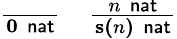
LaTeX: \begin{array}{ll}{{\frac{}{\mathbf{0}\, \, {\mathsf{nat}}}}}&{{\frac{n\, \, {\mathsf{nat}}}{\mathbf{s(}n\mathbf{)}\, \, {\mathsf{nat}}}}}\end{array}